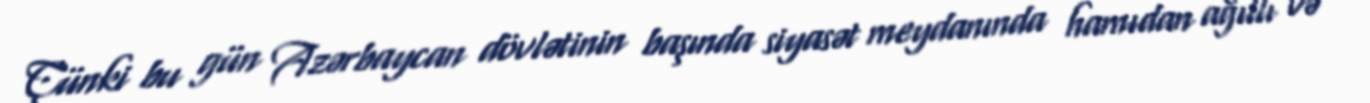
Çünki bu gün Azərbaycan dövlətinin başında siyasət meydanında hamıdan ağıllı və